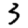
Digit: 3